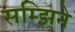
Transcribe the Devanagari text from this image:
सम्झिने